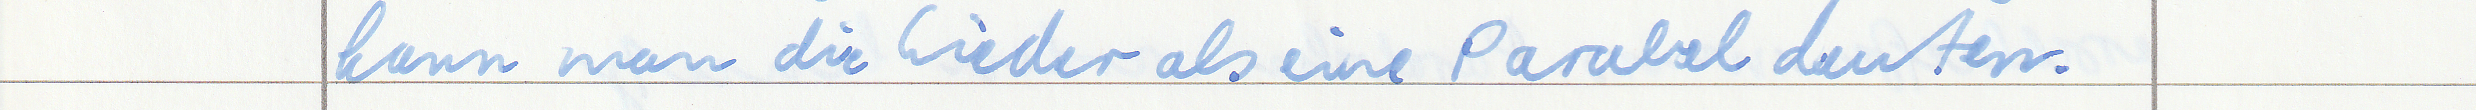
kann man die Lieder als eine Parabel deuten.